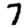
Digit: 7